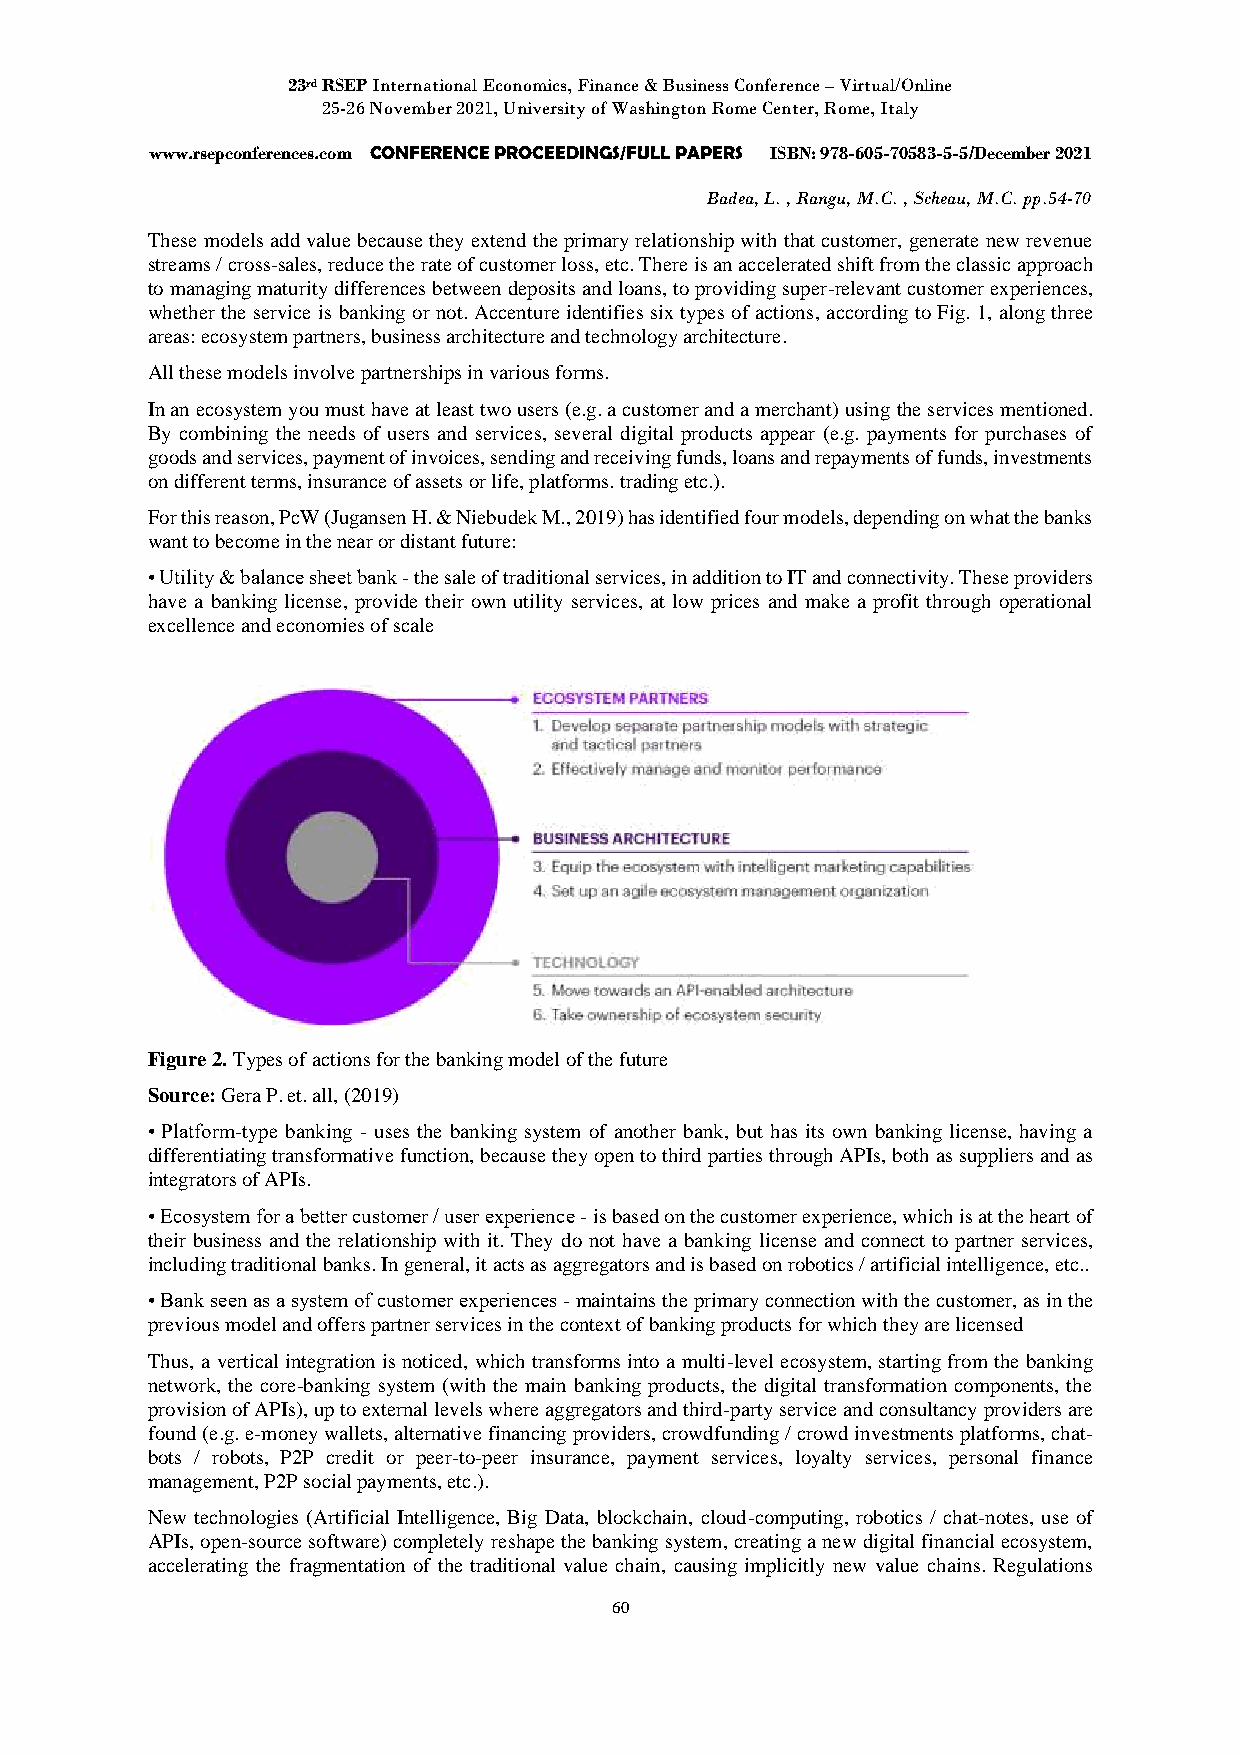
23rd RSEP International Economics, Finance & Business Conference – Virtual/Online
 25-26 November 2021, University of Washington Rome Center, Rome, Italy
 www.rsepconferences.com CONFERENCE PROCEEDINGS/FULL PAPERS ISBN: 978-605-70583-5-5/December 2021
 Badea, L. , Rangu, M.C. , Scheau, M.C. pp.54-70
 These models add value because they extend the primary relationship with that customer, generate new revenue
 streams / cross-sales, reduce the rate of customer loss, etc. There is an accelerated shift from the classic approach
 to managing maturity differences between deposits and loans, to providing super-relevant customer experiences,
 whether the service is banking or not. Accenture identifies six types of actions, according to Fig. 1, along three
 areas: ecosystem partners, business architecture and technology architecture.
 All these models involve partnerships in various forms.
 In an ecosystem you must have at least two users (e.g. a customer and a merchant) using the services mentioned.
 By combining the needs of users and services, several digital products appear (e.g. payments for purchases of
 goods and services, payment of invoices, sending and receiving funds, loans and repayments of funds, investments
 on different terms, insurance of assets or life, platforms. trading etc.).
 For this reason, PcW (Jugansen H. & Niebudek M., 2019) has identified four models, depending on what the banks
 want to become in the near or distant future:
 • Utility & balance sheet bank - the sale of traditional services, in addition to IT and connectivity. These providers
 have a banking license, provide their own utility services, at low prices and make a profit through operational
 excellence and economies of scale
 Figure 2. Types of actions for the banking model of the future
 Source: Gera P. et. all, (2019)
 • Platform-type banking - uses the banking system of another bank, but has its own banking license, having a
 differentiating transformative function, because they open to third parties through APIs, both as suppliers and as
 integrators of APIs.
 • Ecosystem for a better customer / user experience - is based on the customer experience, which is at the heart of
 their business and the relationship with it. They do not have a banking license and connect to partner services,
 including traditional banks. In general, it acts as aggregators and is based on robotics / artificial intelligence, etc..
 • Bank seen as a system of customer experiences - maintains the primary connection with the customer, as in the
 previous model and offers partner services in the context of banking products for which they are licensed
 Thus, a vertical integration is noticed, which transforms into a multi-level ecosystem, starting from the banking
 network, the core-banking system (with the main banking products, the digital transformation components, the
 provision of APIs), up to external levels where aggregators and third-party service and consultancy providers are
 found (e.g. e-money wallets, alternative financing providers, crowdfunding / crowd investments platforms, chat-
 bots / robots, P2P credit or peer-to-peer insurance, payment services, loyalty services, personal finance
 management, P2P social payments, etc.).
 New technologies (Artificial Intelligence, Big Data, blockchain, cloud-computing, robotics / chat-notes, use of
 APIs, open-source software) completely reshape the banking system, creating a new digital financial ecosystem,
 accelerating the fragmentation of the traditional value chain, causing implicitly new value chains. Regulations
 60